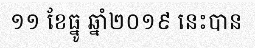
១១ ខែធ្នូ ឆ្នាំ២០១៩ នេះបាន